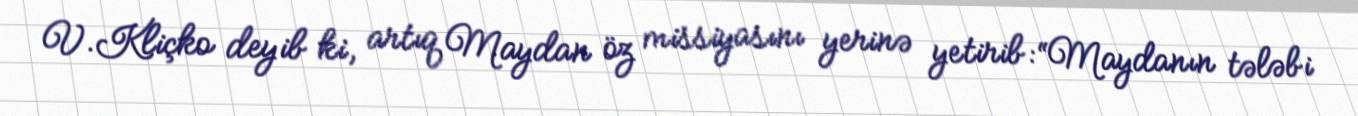
V.Kliçko deyib ki, artıq Maydan öz missiyasını yerinə yetirib: “Maydanın tələbi